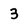
Character: 3